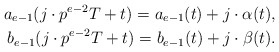
\begin{align*}a_{e-1}(j\cdot p^{e-2}T+t)=a_{e-1}(t)+j\cdot \alpha(t),\\b_{e-1}(j\cdot p^{e-2}T+t)=b_{e-1}(t)+j\cdot \beta(t). \end{align*}